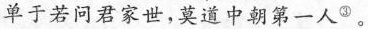
单于若问君家世，莫道中朝第一人③。